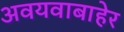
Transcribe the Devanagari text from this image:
अवयवाबाहेर